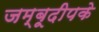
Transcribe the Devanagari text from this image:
जम्बूदीपके